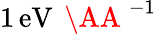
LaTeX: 1\, \mathrm{eV}\, \mathrm{~\AA~}^{-1}